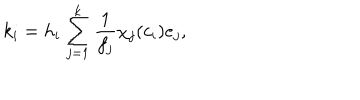
LaTeX: k _ { i } = h _ { i } \sum _ { j = 1 } ^ { k } \frac { 1 } { f _ { j } } \chi _ { j } ( c _ { i } ) e _ { j } ,